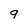
Character: 9